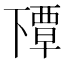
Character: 𬻰